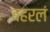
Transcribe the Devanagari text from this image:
बहरलं